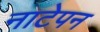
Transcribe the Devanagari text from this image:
नाटेपन